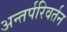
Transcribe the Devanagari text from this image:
अन्तर्परिवर्तन